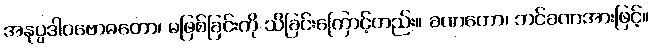
အနုပ္ပဒါဝဗောဓတော၊ မဖြစ်ခြင်းကို သိခြင်းကြောင့်တည်း။ ခဏတော၊ ဘင်ခဏအားဖြင့်။